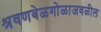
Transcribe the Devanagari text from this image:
श्रवणबेळगोळाजवळील